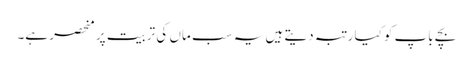
بچے باپ کو کیا رتبہ دیتے ہیں یہ سب ماں کی تربیت پر منحصر ہے۔